Leaving Certificate Examination (including Day School Certificate (Higher) General paper), 1928
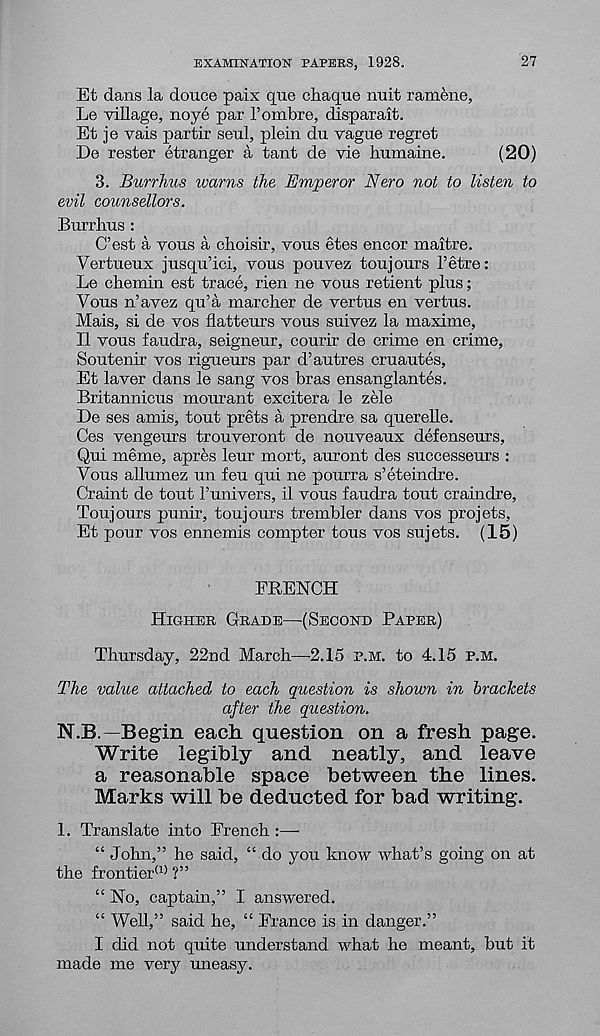
EXAMINATION PAPERS, 1928.
27
Et dans la douce paix quo chaque nuit ramene,
Le village, noye par 1’ombre, disparait.
Et je vais partir seul, plein du vague regret
De rester etranger a tant de vie humaine.
(20)
3. Burrhus warns the Emperor Nero not to listen to
evil counsellors.
Burrhus :
C’est a vous a choisir, vous etes encor maitre.
Vertueux jusqu’ici, vous pouvez toujours I’etre:
Le chemin est trace, rien ne vous retient plus;
Vous n’avez qu’a marcher de vertus en vertus.
Mais, si de vos flatteurs vous suivez la maxime,
11 vous faudra, seigneur, courir de crime en crime,
Soutenir vos rigueurs par d’autres cruautes,
Et laver dans le sang vos bras ensanglantes.
Britannicus mourant excitera le zele
De ses amis, tout prets a prendre sa querelle.
Ces vengeurs trouveront de nouveaux defenseurs,
Qui meme, apres leur mort, auront des successeurs :
Vous allumez un feu qui ne pourra s’eteindre.
Craint de tout hunivers, il vous faudra tout craindre,
Toujours punir, toujours trembler dans vos projets,
Et pour vos ennemis compter tous vos sujets. (15)
FRENCH
HIGHER GRADE—(SECOND PAPER)
Thursday, 22nd March—2.15 P.M. to 4.15 P.M.
The value attached to each question is shown in brackets
after the question.
N.B.—Begin each question on a fresh page.
Write legibly and neatly, and leave
a reasonable space between the lines.
Marks will be deducted for bad writing.
1. Translate into French :—-
“ John,” he said, “ do you know what’s going on at
the frontier (1) ?”
“ No, captain,” I answered.
“ Well,” said he, “ France is in danger.”
I did not quite understand what he meant, but it
made me very uneasy.